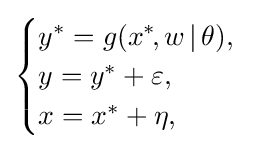
{\begin{cases}y^{*}=g(x^{*}\!,w\,|\,\theta ),\\y=y^{*}+\varepsilon ,\\x=x^{*}+\eta ,\end{cases}}